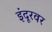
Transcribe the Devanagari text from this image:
इंदूरवर